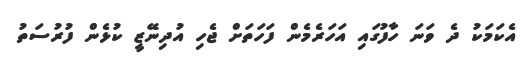
އެކަމަކު ދެ ވަނަ ހާފުގައި އަހަރެމެން ފަހަތަށް ޖެހި އުދިނޭޒީ ކުޅެން ފުރުސަތު